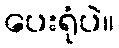
ပေးရုံပဲ။